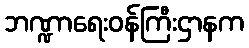
ဘဏ္ဍာရေးဝန်ကြီးဌာနက